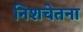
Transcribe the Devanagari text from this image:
निशचेतना